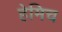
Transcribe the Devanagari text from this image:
हेमिच